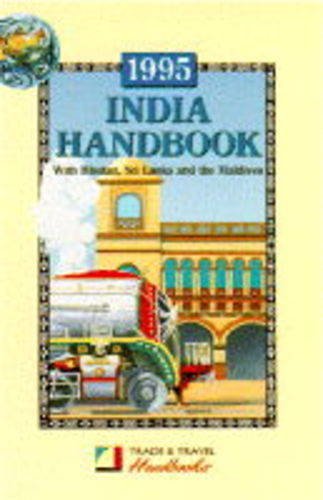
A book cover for India Handbook 1995: Including Sri Lanka, Bhutan and the Maldives (Trade & Travel Handbooks); Travel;